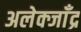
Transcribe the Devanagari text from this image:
अलेक्जाँद्र